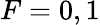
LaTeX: F=0,1